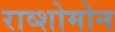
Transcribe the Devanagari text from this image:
राव्शोमोन